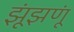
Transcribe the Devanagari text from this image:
झूंझणूं